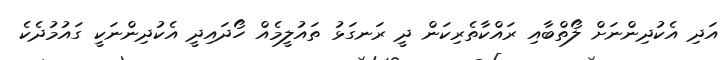
އަދި އެކުދިންނަށް ލޯތްބާއި ރައްކާތެރިކަން ދީ ރަނގަޅު ތައުލީމެއް ހޯދައިދީ އެކުދިންނަކީ ގައުމުދެކެ